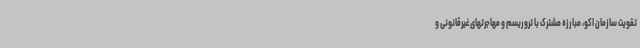
تقویت سازمان اکو، مبارزه مشترک با تروریسم و مهاجرتهای غیرقانونی و